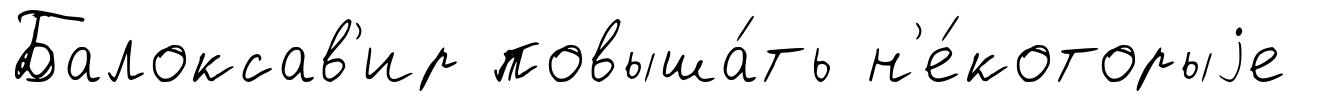
Балоксав'ир повыша́ть н'е́которыjе